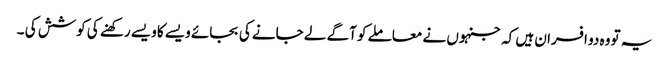
یہ تو وہ دو افسران ہیں کہ جنہوں نے معاملے کو آگے لے جانے کی بجائے ویسے کا ویسے رکھنے کی کوشش کی ۔